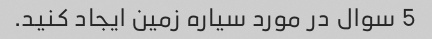
5 سوال در مورد سیاره زمین ایجاد کنید.